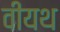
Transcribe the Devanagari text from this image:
वीयथ